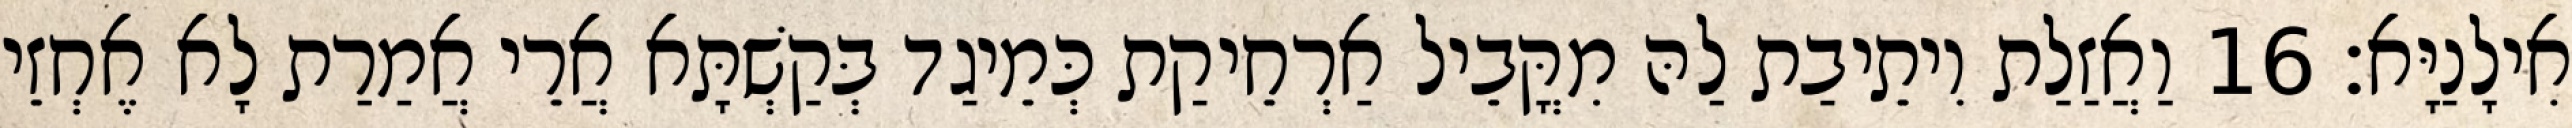
אִילָנַיָּא׃ 16 וַאֲזַלַת וִיתֵיבַת לַהּ מִקֳּבֵיל אַרְחֵיקַת כְּמֵיגַד בְּקַשְׁתָּא אֲרֵי אֲמַרַת לָא אֶחְזֵי